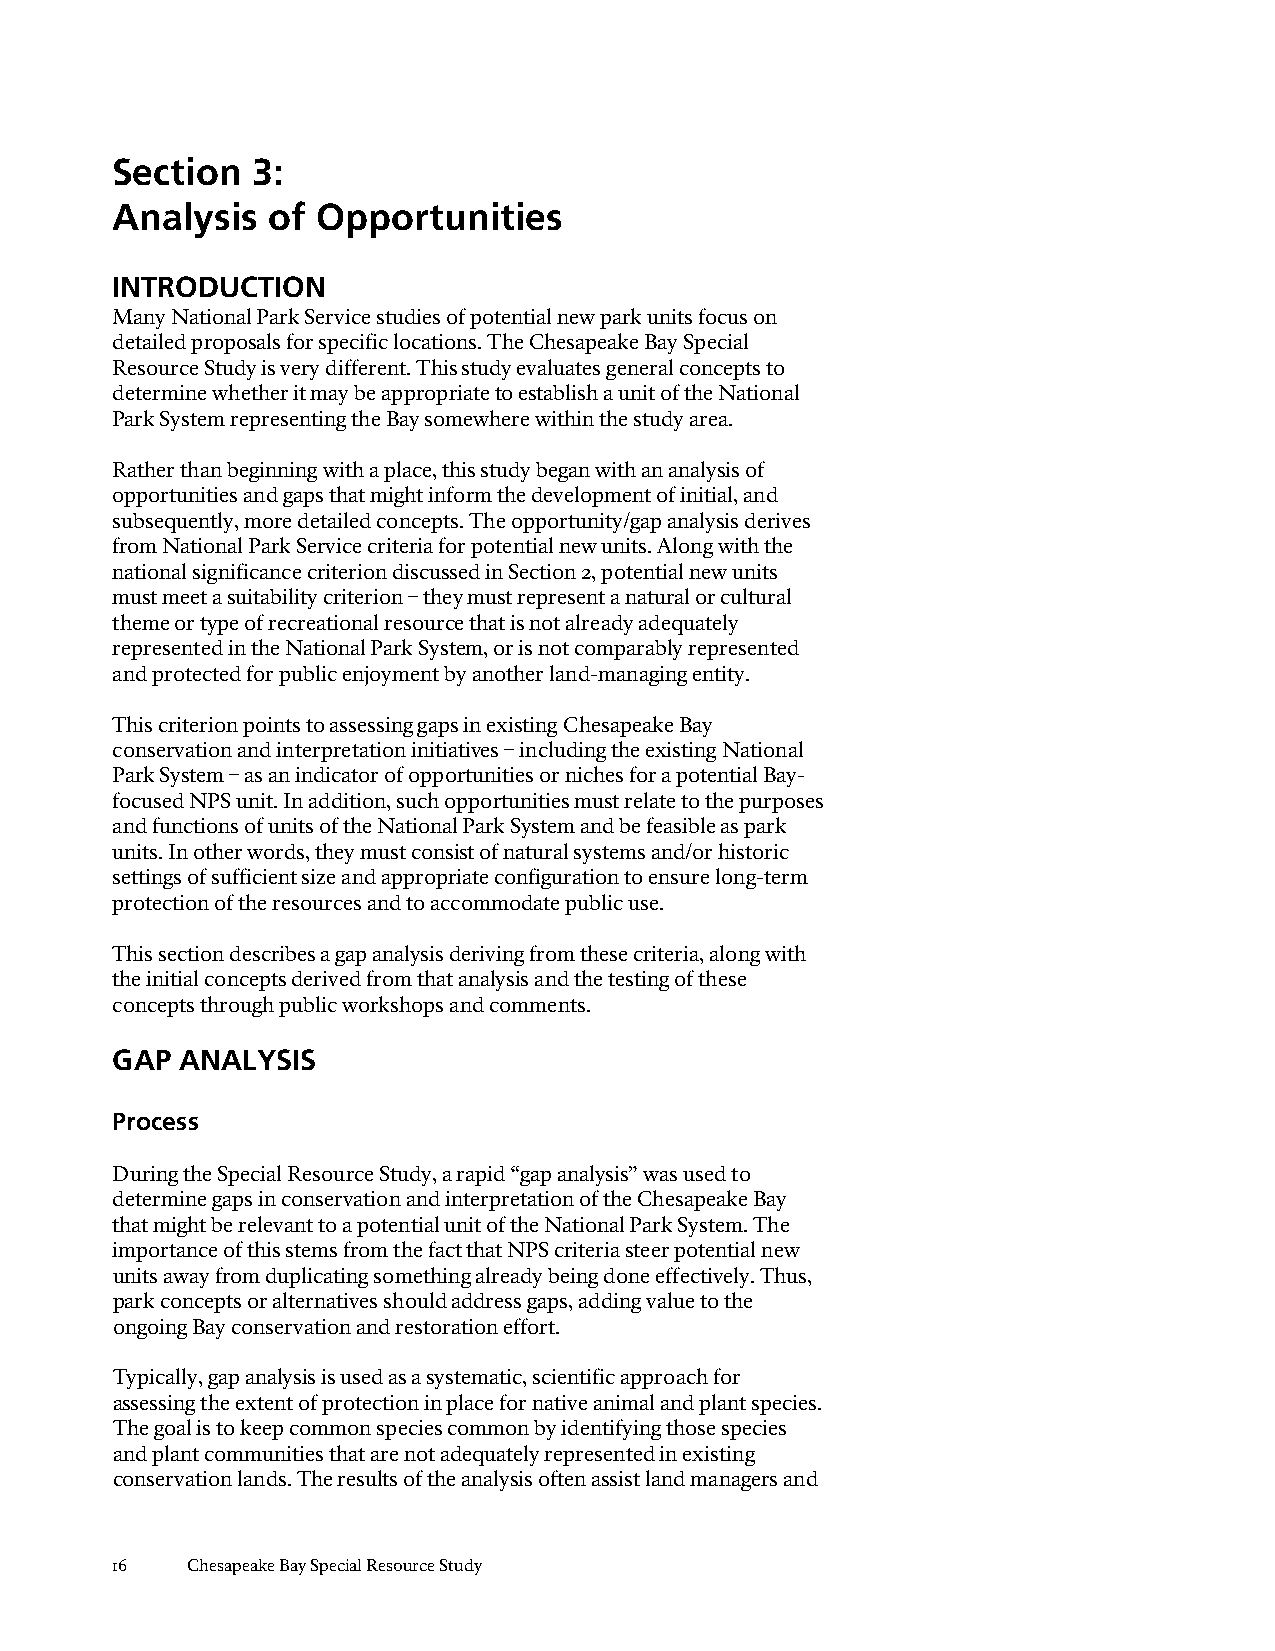
Section   3:
 Analysis   of Opportunities
 INTRODUCTION
 Many National Park Service studies of potential new park units focus on
 detailed proposals for specific locations. The Chesapeake Bay Special
 Resource Study is very different. This study evaluates general concepts to
 determine whether it may be appropriate to establish a unit of the National
 Park System representing the Bay somewhere within the study area.
 Rather than beginning with a place, this study began with an analysis of
 opportunities and gaps that might inform the development of initial, and
 subsequently, more detailed concepts. The opportunity/gap analysis derives
 from National Park Service criteria for potential new units. Along with the
 national significance criterion discussed in Section 2, potential new units
 must meet a suitability criterion – they must represent a natural or cultural
 theme or type of recreational resource that is not already adequately
 represented in the National Park System, or is not comparably represented
 and protected for public enjoyment by another land-managing entity.
 This criterion points to assessing gaps in existing Chesapeake Bay
 conservation and interpretation initiatives – including the existing National
 Park System – as an indicator of opportunities or niches for a potential Bay-
 focused NPS unit. In addition, such opportunities must relate to the purposes
 and functions of units of the National Park System and be feasible as park
 units. In other words, they must consist of natural systems and/or historic
 settings of sufficient size and appropriate configuration to ensure long-term
 protection of the resources and to accommodate public use.
 This section describes a gap analysis deriving from these criteria, along with
 the initial concepts derived from that analysis and the testing of these
 concepts through public workshops and comments.
 GAP  ANALYSIS
 Process
 During the Special Resource Study, a rapid “gap analysis” was used to
 determine gaps in conservation and interpretation of the Chesapeake Bay
 that might be relevant to a potential unit of the National Park System. The
 importance of this stems from the fact that NPS criteria steer potential new
 units away from duplicating something already being done effectively. Thus,
 park concepts or alternatives should address gaps, adding value to the
 ongoing Bay conservation and restoration effort.
 Typically, gap analysis is used as a systematic, scientific approach for
 assessing the extent of protection in place for native animal and plant species.
 The goal is to keep common species common by identifying those species
 and plant communities that are not adequately represented in existing
 conservation lands. The results of the analysis often assist land managers and
 16   Chesapeake Bay Special Resource Study